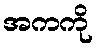
အကကို